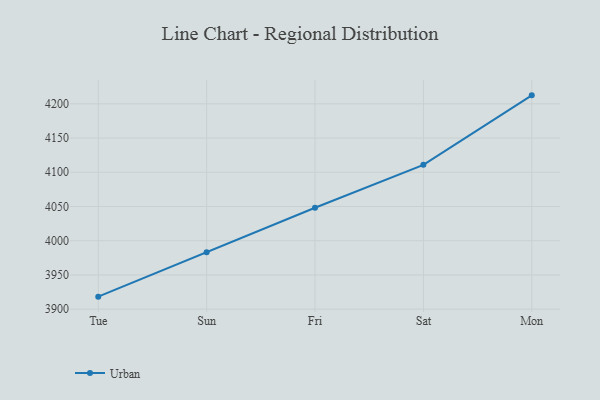
{"axis": {"x": "Day", "y": "Bounce Rate (%)"}, "legend": ["Urban"], "data": [{"x": "Tue", "y": 3918.3, "type": "Urban"}, {"x": "Sun", "y": 3983.3, "type": "Urban"}, {"x": "Fri", "y": 4048.2, "type": "Urban"}, {"x": "Sat", "y": 4110.9, "type": "Urban"}, {"x": "Mon", "y": 4212.4, "type": "Urban"}]}